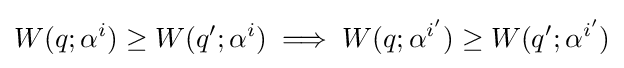
W(q;\alpha ^{i})\geq W(q';\alpha ^{i})\implies W(q;\alpha ^{i'})\geq W(q';\alpha ^{i'})